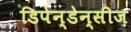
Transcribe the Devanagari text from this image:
डिपेन्डेन्सीज़